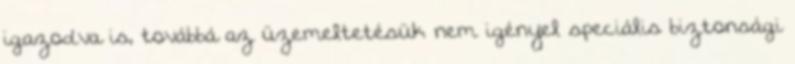
igazodva is, továbbá az üzemeltetésük nem igényel speciális biztonsági